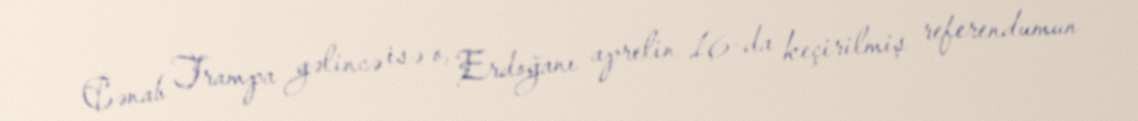
Cənab Trampa gəlincə isə o, Erdoğanı aprelin 16-da keçirilmiş referendumun